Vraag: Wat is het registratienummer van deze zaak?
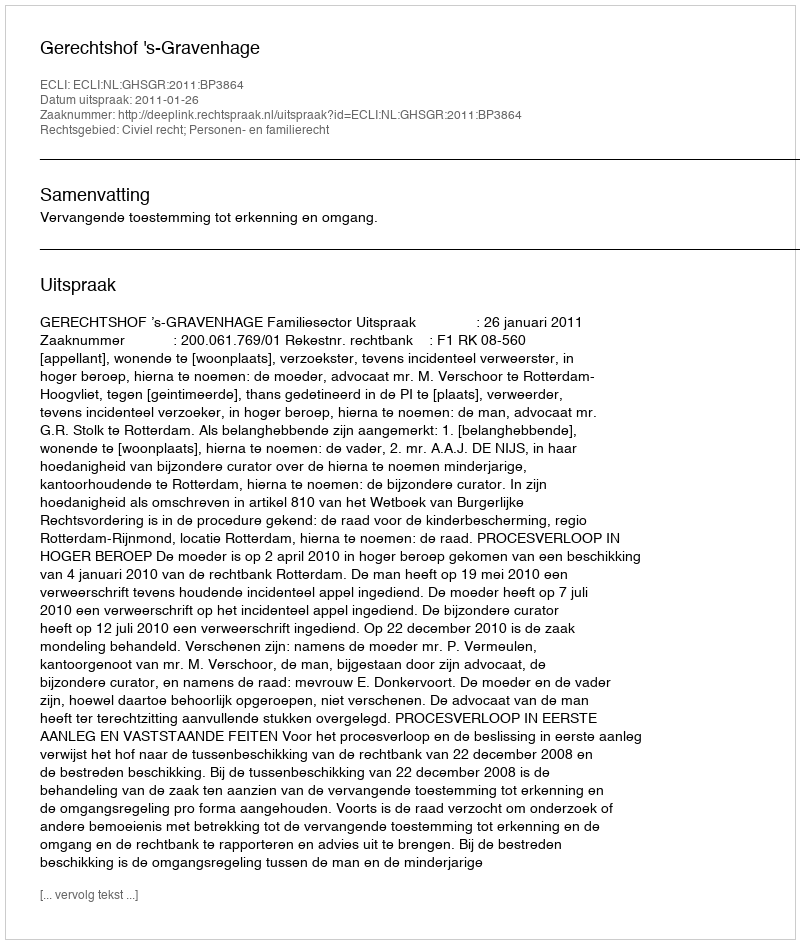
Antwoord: http://deeplink.rechtspraak.nl/uitspraak?id=ECLI:NL:GHSGR:2011:BP3864